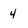
Character: 4